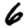
Digit: 6